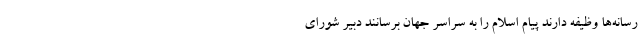
رسانه‌ها وظیفه دارند پیام اسلام را به سراسر جهان برسانند دبیر شورای